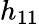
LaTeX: h_{11}